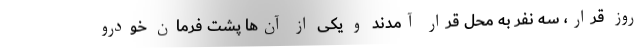
روز قرار، سه نفر به محل قرار آمدند و یکی از آن‌ها پشت فرمان خودرو